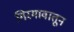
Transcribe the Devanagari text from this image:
गिरगावातून